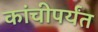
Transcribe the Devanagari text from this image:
कांचीपर्यंत